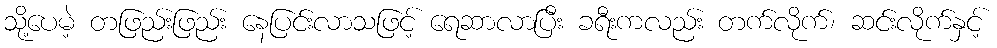
သို့ပေမဲ့ တဖြည်းဖြည်း နေပြင်းလာသဖြင့် ရေဆာလာပြီး ခရီးကလည်း တက်လိုက်၊ ဆင်းလိုက်နှင့်